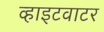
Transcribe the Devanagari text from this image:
व्हाइटवाटर